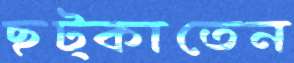
ছট্‌কাতেন